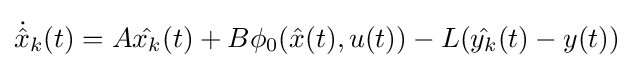
{\dot {\hat {x}}}_{k}(t)=A{\hat {x_{k}}}(t)+B\phi _{0}({\hat {x}}(t),u(t))-L({\hat {y_{k}}}(t)-y(t))